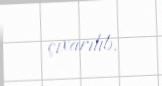
çıxarılıb.